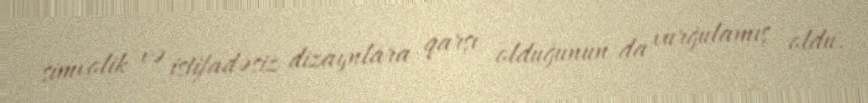
simvolik və istifadəsiz dizaynlara qarşı olduğunun da vurğulamış oldu.